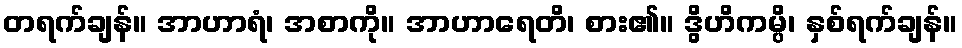
တရက်ချန်။ အာဟာရံ၊ အစာကို။ အာဟာရေတိ၊ စား၏။ ဒွိဟိကမ္ပိ၊ နှစ်ရက်ချန်။